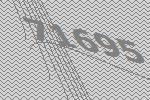
71695